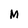
Character: M